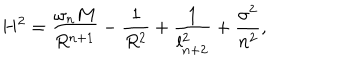
H ^ { 2 } = \frac { \omega _ { n } M } { R ^ { n + 1 } } - \frac { 1 } { R ^ { 2 } } + \frac { 1 } { l _ { n + 2 } ^ { 2 } } + \frac { \sigma ^ { 2 } } { n ^ { 2 } } ,